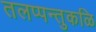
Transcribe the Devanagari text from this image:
तलप्पन्तुकळि